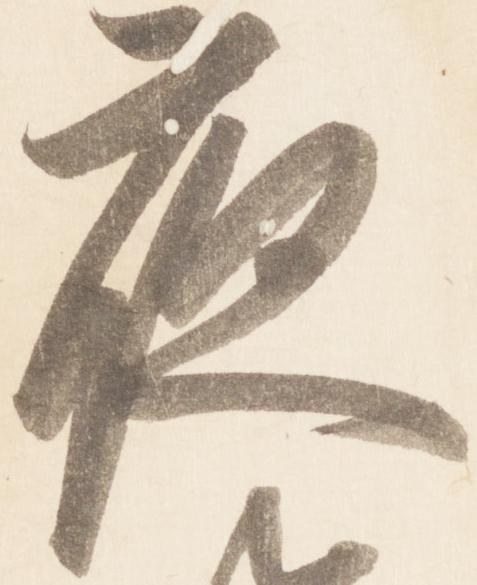
夜